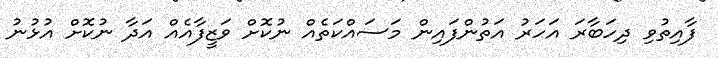
ފާއިތުވި ދިހަބާރަ އަހަރު އަތުންފައިން މަސައްކަތެއް ނުކޮށް ވަޒީފާއެއް އަދާ ނުކޮށް އުޅުނު